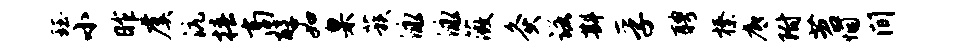
珏小昨虞沆椿商醇如臬蔟泳泳薇灸诺斟孚聘榛底附苕悃间